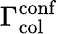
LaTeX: \Gamma_{\mathrm{col}}^{\mathrm{conf}}